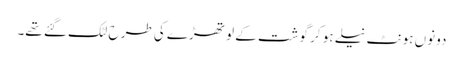
دونوں ہونٹ نیلے ہو کر گوشت کے لو تھڑے کی طرح لٹک گئے تھے۔